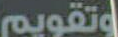
وتقويم